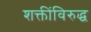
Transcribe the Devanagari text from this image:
शक्तींविरुद्ध